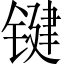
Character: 键